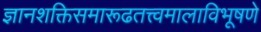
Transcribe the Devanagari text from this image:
ज्ञानशक्तिसमारूढतत्त्वमालाविभूषणे